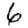
Digit: 6